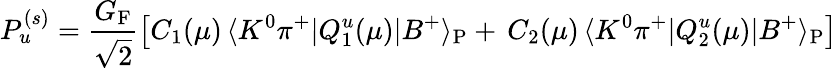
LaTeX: P_{u}^{(s)}=\frac{G_{\mathrm{F}}}{\sqrt{2}}\left[C_{1}(\mu)\, \langle K^{0}\pi^{+}|Q_{1}^{u}(\mu)|B^{+}\rangle_{\mathrm{P}}+\, C_{2}(\mu)\, \langle K^{0}\pi^{+}|Q_{2}^{u}(\mu)|B^{+}\rangle_{\mathrm{P}}\right]